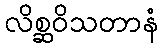
လိစ္ဆဝိသတာနံ